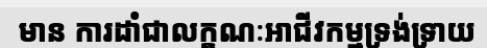
មាន ការដាំជាលក្ខណៈអាជីវកម្មទ្រង់ទ្រាយ